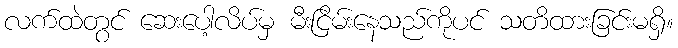
လက်ထဲတွင် ဆေးပေါ့လိပ်မှ မီးငြိမ်းနေသည်ကိုပင် သတိထားခြင်းမရှိ။